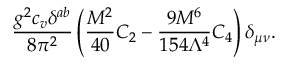
\frac { g ^ { 2 } c _ { v } \delta ^ { a b } } { 8 \pi ^ { 2 } } \left( \frac { M ^ { 2 } } { 4 0 } C _ { 2 } - \frac { 9 M ^ { 6 } } { 1 5 4 \Lambda ^ { 4 } } C _ { 4 } \right) \delta _ { \mu \nu } .